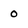
Character: 0